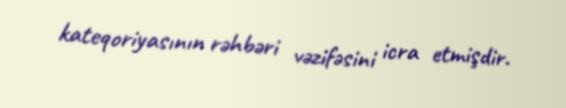
kateqoriyasının rəhbəri vəzifəsini icra etmişdir.